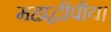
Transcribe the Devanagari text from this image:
महाद्वीपीय।